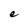
Character: e